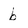
Character: b